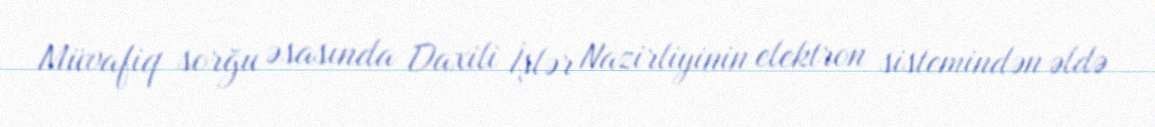
Müvafiq sorğu əsasında Daxili İşlər Nazirliyinin elektron sistemindən əldə